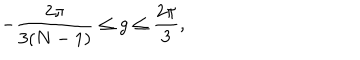
- \frac { 2 \pi } { 3 ( N - 1 ) } \leq g \leq \frac { 2 \pi } { 3 } ,